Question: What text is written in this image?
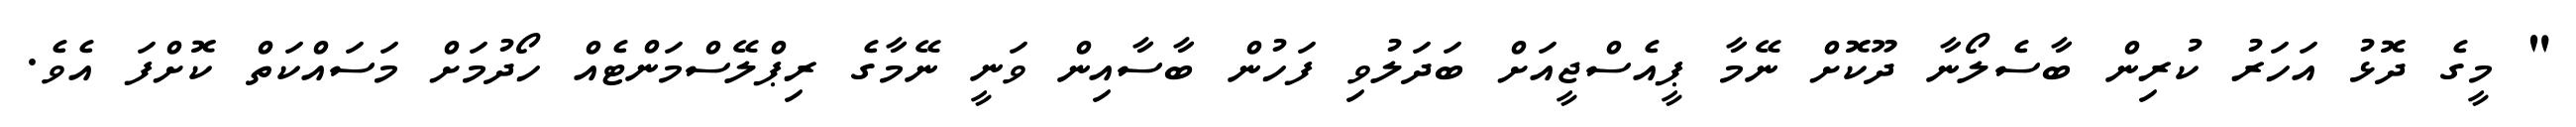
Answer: " މީގެ ދޮޅު އަހަރު ކުރިން ބާސެލޯނާ ދޫކޮށް ނޭމާ ޕީއެސްޖީއަށް ބަދަލުވި ފަހުން ބާސާއިން ވަނީ ނޭމާގެ ރިޕްލޭސްމަންޓެއް ހޯދުމަށް މަސައްކަތް ކޮށްފަ އެވެ.